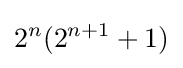
2^{n}(2^{n+1}+1)